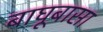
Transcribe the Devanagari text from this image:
बाघूबासा